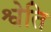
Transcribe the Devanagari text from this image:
श्वेति